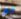
لم